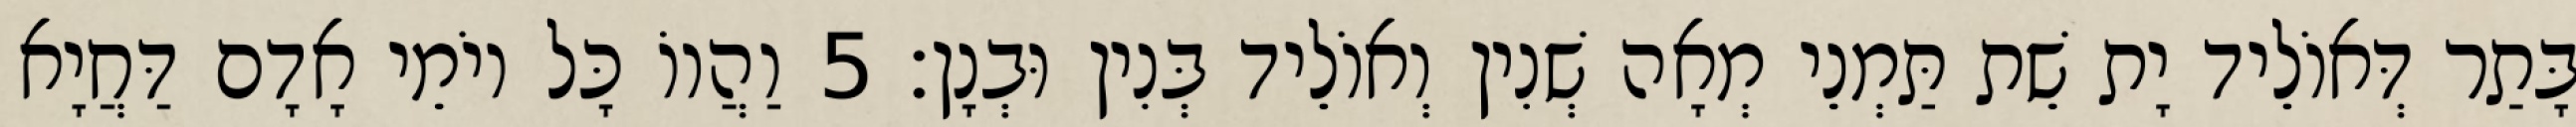
בָּתַר דְּאוֹלֵיד יָת שֵׁת תַּמְנֵי מְאָה שְׁנִין וְאוֹלֵיד בְּנִין וּבְנָן׃ 5 וַהֲווֹ כָּל יוֹמֵי אָדָם דַּחֲיָא